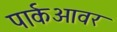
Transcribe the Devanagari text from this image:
पार्कआवर